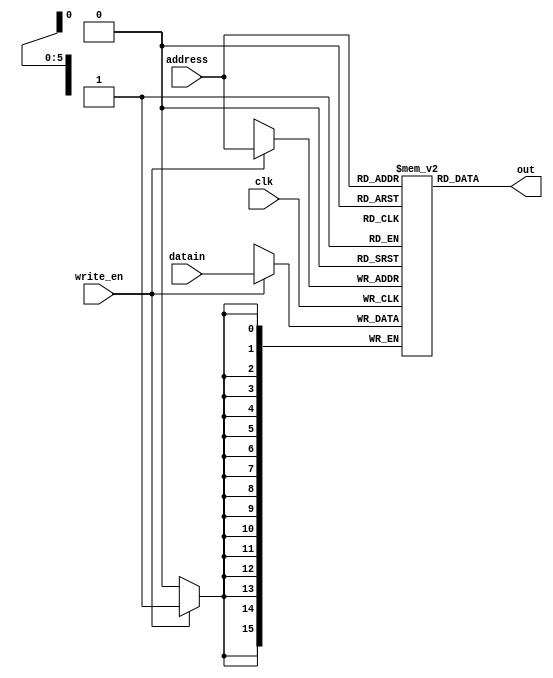
`timescale 1ns / 1ps
//////////////////////////////////////////////////////////////////////////////////
// Company: IIIT-H
// 
// Design Name: 
// Module Name:    data_mem 
// Project Name: 
// Target Devices: 
// Tool versions: 
// Description: 
//
// Dependencies: 
//
// Revision: 
// Revision 0.01 - File Created
// Additional Comments: 
//
//////////////////////////////////////////////////////////////////////////////////
module datamemory(
    input  [5:0] address, // 6 bit address. 64 registers.
    input  write_en,
	input  clk, 
    input  [15:0] datain,
    output [15:0] out
    );
	 
reg [15:0] mem[0:63]; 
	
always@(negedge clk) 
begin
 if(write_en) 
 mem[address] <= datain;
end 

assign out = mem[address];

endmodule